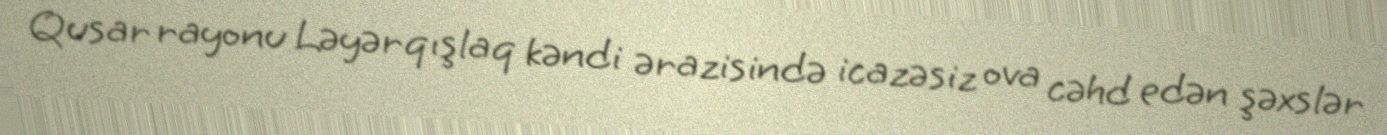
Qusar rayonu Ləyərqışlaq kəndi ərazisində icazəsiz ova cəhd edən şəxslər